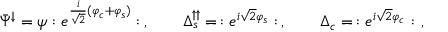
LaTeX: \bar { \Psi } ^ { \downarrow } = \psi : e ^ { \frac { i } { \sqrt { 2 } } ( \varphi _ { c } + \varphi _ { s } ) } : \, , \qquad \Delta _ { s } ^ { \uparrow \uparrow } = \, : e ^ { i \sqrt { 2 } \varphi _ { s } } : \, , \qquad \Delta _ { c } = \, : e ^ { i \sqrt { 2 } \varphi _ { c } } : \ ,